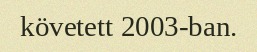
követett 2003-ban.